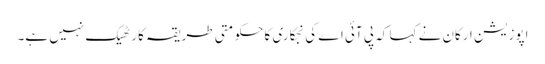
اپوزیشن ارکان نے کہا کہ پی آئی اے کی نجکاری کا حکومتی طریقہ کار ٹھیک نہیں ہے۔